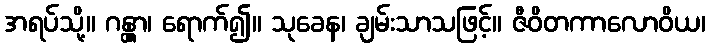
အရပ်သို့။ ဂန္တွာ၊ ရောက်၍။ သုခေန၊ ချမ်းသာသဖြင့်။ ဇီဝိတကာလောဝိယ၊